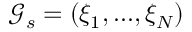
\mathcal { G } _ { s } = ( \xi _ { 1 } , . . . , \xi _ { N } )